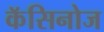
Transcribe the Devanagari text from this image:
कॅसिनोज